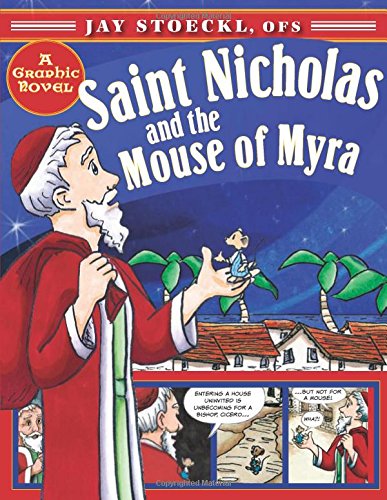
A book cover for Saint Nicholas and the Mouse of Myra; Jay Stoeckl; Comics & Graphic Novels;